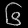
Digit: ၆